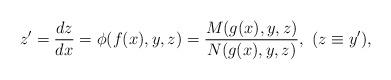
LaTeX: \begin{align*}z'=\frac{dz}{dx}=\phi(f(x),y,z)=\frac{M(g(x),y,z)}{N(g(x),y,z)}, \,\,(z \equiv y'),\end{align*}